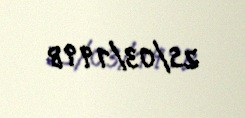
25/03/1998